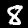
Digit: 8